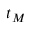
t _ { M }